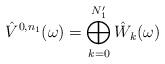
LaTeX: \begin{align*} \hat V^{0,n_1}(\omega)=\bigoplus_{k=0}^{N'_1}\hat W_k(\omega) \end{align*}